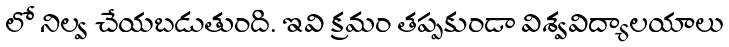
లో నిల్వ చేయబడుతుంది. ఇవి క్రమం తప్పకుండా విశ్వవిద్యాలయాలు